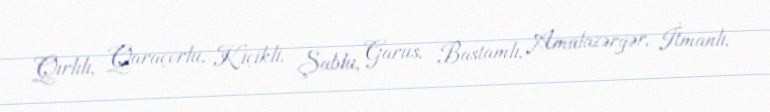
Qırlılı, Qaraçorlu, Kiçikli, Şablu, Garus, Bastamlı, Amalazərgər, İtmanlı,